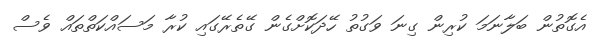
އެގޮތުން ބަލާނަމަ ކުރިން ގިނަ ވަގުތު ހޭދަކޮށްގެން ގޭތެރޭގައި ކުރާ މަސައްކަތްތައް ވެސް